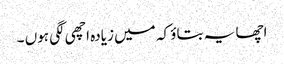
اچھا یہ بتاؤ کہ میں زیادہ اچھی لگی ہوں ۔